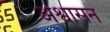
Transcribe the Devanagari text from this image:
अश्वासन